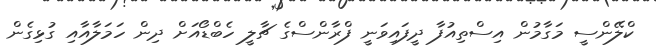
ކްލޭންސީ މަގާމުން އިސްތިއުފާ ދީފައިވަނީ ފްރާންސްގެ ޗާލީ ހެބްޑޯއަށް ދިން ހަމަލާއާއި ގުޅިގެން